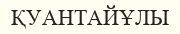
ҚУАНТАЙҰЛЫ